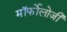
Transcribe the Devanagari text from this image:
मॉर्फोलोजी